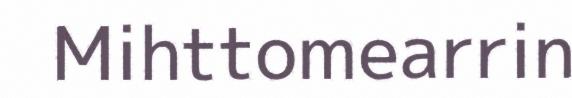
Mihttomearrin